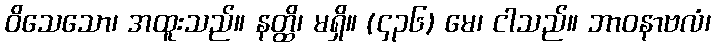
ဝိသေသော၊ အထူးသည်။ နတ္ထိ၊ မရှိ။ (၄၃၆) မေ၊ ငါသည်။ ဘာဝနာဗလံ၊